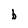
Character: b